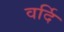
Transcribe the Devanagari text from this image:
वर्दि